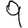
Digit: 9